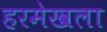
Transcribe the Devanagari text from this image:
हरमेखला